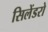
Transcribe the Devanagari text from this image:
सिलेंडरो